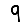
Digit: 9